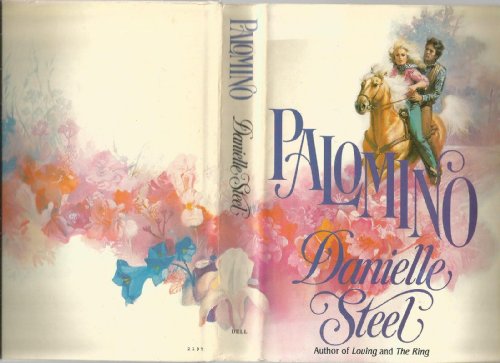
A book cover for Palomino; Danielle Steel; Science & Math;